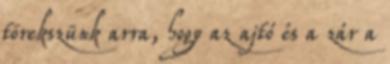
törekszünk arra, hogy az ajtó és a zár a